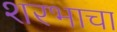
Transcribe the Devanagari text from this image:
शरभाचा